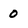
Character: 0